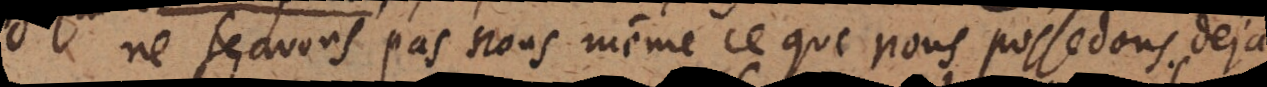
ne sçavons pas nous même ce que nous po